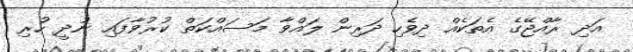
އަދި ރާއްޖޭގެ އެތަކެއް ދިވެހި ދަރިން ލައްވާ މަސައްކަތް ކުރުވާފައި ނުދީ ހުރި